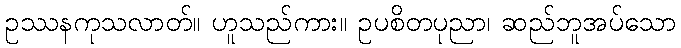
ဥဿနကုသလာတ်။ ဟူသည်ကား။ ဥပစိတပုညာ၊ ဆည်ဘူအပ်သော